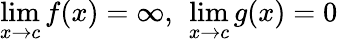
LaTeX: \operatorname*{lim}_{x\to c}f(x)=\infty,\ \operatorname*{lim}_{x\to c}g(x)=0